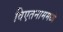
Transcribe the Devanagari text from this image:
विएतनाममध्ये